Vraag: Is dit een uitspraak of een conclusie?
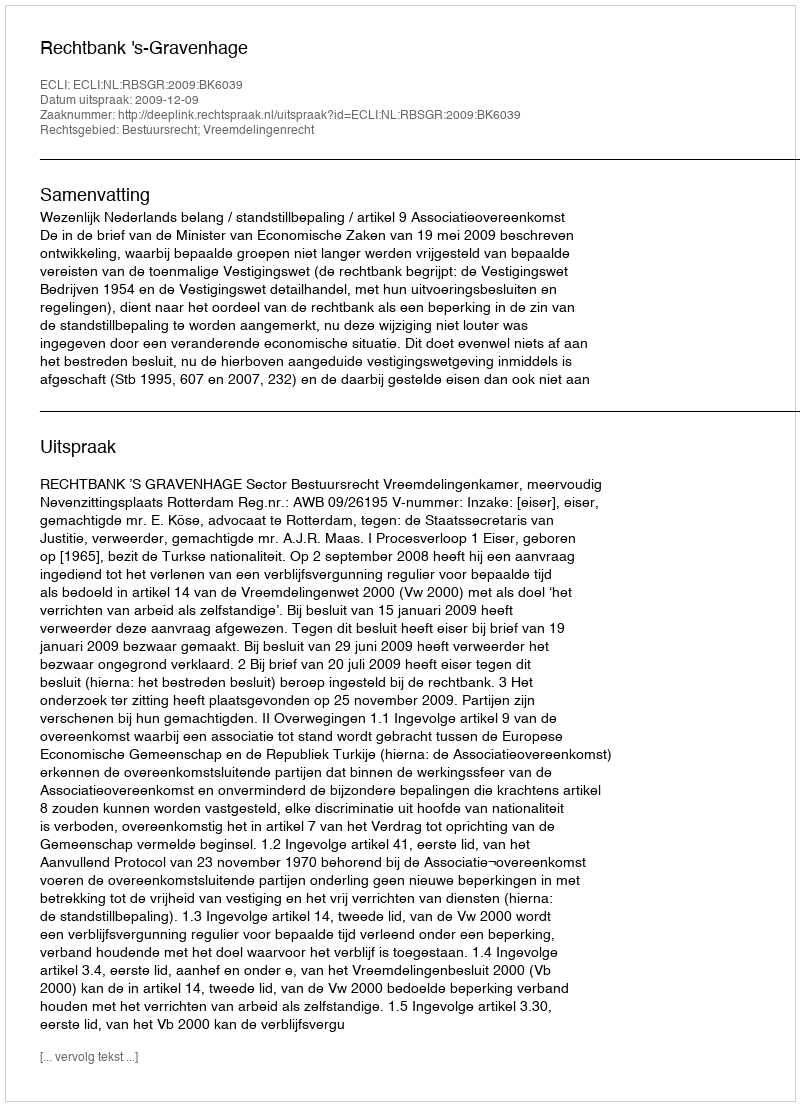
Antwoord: Uitspraak